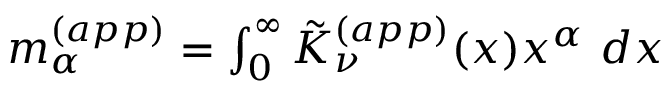
\begin{array} { r } { m _ { \alpha } ^ { ( a p p ) } = \int _ { 0 } ^ { \infty } \tilde { K } _ { \nu } ^ { ( a p p ) } ( x ) x ^ { \alpha } ~ d x } \end{array}